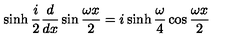
\sinh \frac { i } { 2 } \frac { d } { d x } \sin \frac { \omega x } { 2 } = i \sinh \frac { \omega } { 4 } \cos \frac { \omega x } { 2 }